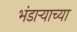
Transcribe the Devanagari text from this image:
भंडार्‍याच्या